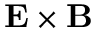
\mathbf { E } \times \mathbf { B }